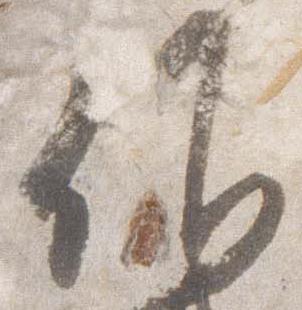
候